Report of the Indian Hemp Drugs Commission, 1894-1895 - Volume IV
Year: 1894
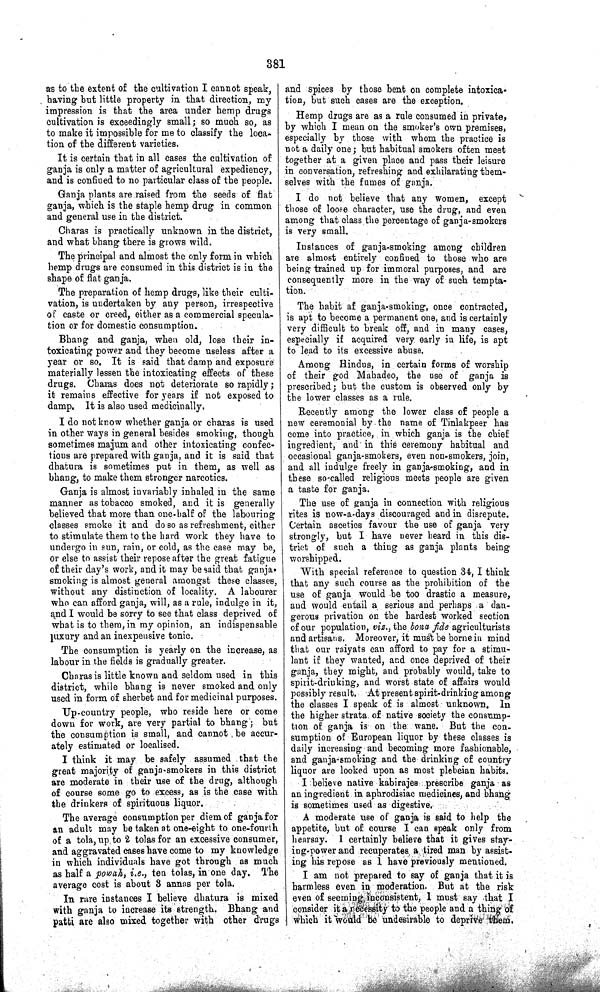
381
as to the extent of the cultivation I cannot speak,
having but little property in that direction, my
impression is that the area under hemp drugs
cultivation is exceedingly small; so much so, as
to make it impossible for me to classify the loca-
tion of the different varieties.
It is certain that in all cases the cultivation of
ganja is only a matter of agricultural expediency,
and is confined to no particular class of the people.
Ganja plants are raised from the seeds of flat
ganja, which is the staple hemp drug in common
and general use in the district.
Charas is practically unknown in the district,
and what bhang there is grows wild.
The principal and almost the only form in which
hemp drugs are consumed in this district is in the
shape of flat ganja.
The preparation of hemp drugs, like their culti-
vation, is undertaken by any person, irrespective
of caste or creed, either as a commercial specula-
tion or for domestic consumption.
Bhang and ganja, when old, lose their in-
toxicating power and they become useless after a
year or so. It is said that damp and exposure
materially lessen the intoxicating effects of these
drugs. Charas does not deteriorate so rapidly;
it remains effective for years if not exposed to
damp. It is also used medicinally.
I do not know whether ganja or charas is used
in other ways in general besides smoking, though
sometimes majum and other intoxicating confec-
tions are prepared with ganja, and it is said that
dhatura is sometimes put in them, as well as
bhang, to make them stronger narcotics.
Ganja is almost invariably inhaled in the same
manner as tobacco smoked, and it is generally
believed that more than one-half of the labouring
classes smoke it and do so as refreshment, either
to stimulate them to the hard work they have to
undergo in sun, rain, or cold, as the case may be,
or else to assist their repose after the great fatigue
of their day's work, and it may be said that ganja-
smoking is almost general amongst these classes,
without any distinction of locality. A labourer
who can afford ganja, will, as a rule, indulge in it,
and I would be sorry to see that class deprived of
what is to them, in my opinion, an indispensable
luxury and an inexpensive tonic.
The consumption is yearly on the increase, as
labour in the fields is gradually greater.
Charas is little known and seldom used in this
district, while bhang is never smoked and only
used in form of sherbet and for medicinal purposes.
Up-country people, who reside here or come
down for work, are very partial to bhang; but
the consumption is small, and cannot be accur-
ately estimated or localised.
I think it may be safely assumed that the
great majority of ganja-smokers in this district
are moderate in their use of the drug, although
of course some go to excess, as is the case with
the drinkers of spirituous liquor.
The average consumption per diem of ganja for
an adult may be taken at one-eight to one-fourth
of a tola, up to 2 tolas for an excessive consumer,
and aggravated cases have come to my knowledge
in which individuals have got through as much
as half a powah, i.e., ten tolas, in one day. The
average cost is about 3 annas per tola.
In rare instances I believe dhatura is mixed
with ganja to increase its strength. Bhang and
patti are also mixed together with other drugs
and spices by those bent on complete intoxica-
tion, but such cases are the exception.
Hemp drugs are as a rule consumed in private,
by which I mean on the smoker's own premises,
especially by those with whom the practice is
not a daily one; but habitual smokers often meet
together at a given place and pass their leisure
in conversation, refreshing and exhilarating them-
selves with the fumes of ganja.
I do not believe that any women, except
those of loose character, use the drug, and even
among that class the percentage of ganja-smokers
is very small.
Instances of ganja-smoking among children
are almost entirely confined to those who are
being trained up for immoral purposes, and are
consequently more in the way of such tempta-
tion.
The habit af ganja-smoking, once contracted,
is apt to become a permanent one, and is certainly
very difficult to break off, and in many cases,
especially if acquired very early in life, is apt
to lead to its excessive abuse.
Among Hindus, in certain forms of worship
of their god Mahadeo, the use of ganja is
prescribed; but the custom is observed only by
the lower classes as a rule.
Recently among the lower class of people a
new ceremonial by the name of Tinlakpeer has
come into practice, in which ganja is the chief
ingredient, and in this ceremony habitual and
occasional ganja-smokers, even non-smokers, join,
and all indulge freely in ganja-smoking, and in
these so-called religious meets people are given
a taste for ganja.
The use of ganja in connection with religious
rites is now-a-days discouraged and in disrepute.
Certain ascetics favour the use of ganja very
strongly, but I have never heard in this dis-
trict of such a thing as ganja plants being
worshipped.
With special reference to question 34, I think
that any such course as the prohibition of the
use of ganja would be too drastic a measure,
and would entail a serious and perhaps a dan-
gerous privation on the hardest worked section
of our population, vi z., the bona fide agriculturists
and artisans. Moreover, it must be borne in mind
that our raiyats can afford to pay for a stimu-
lant if they wanted, and once deprived of their
ganja, they might, and probably would, take to
spirit-drinking, and worst state of affairs would
possibly result. At present spirit-drinking among
the classes I speak of is almost unknown. In
the higher strata of native society the consump-
tion of ganja is on the wane. But the con-
sumption of European liquor by these classes is
daily increasing and becoming more fashionable,
and ganja-smoking and the drinking of country
liquor are looked upon as most plebeian habits.
I believe native kabirajes prescribe ganja as
an ingredient in aphrodisiac medicines, and bhang
is sometimes used as
digestive.
A moderate use of ganja is said to help the
appetite, but of course I can speak only from
hearsay. I certainly believe that it gives stay-
ing-power and recuperates a tired man by assist-
ing his repose as I have previously mentioned.
I am not prepared to say of ganja that it is
harmless even in moderation. But at the risk
even of seeming inconsistent, I must say that I
consider it a necessity to the people and a thing of
which it would be undesirable to deprive them.